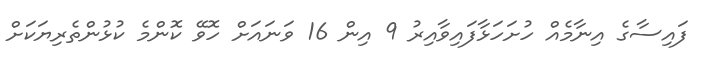
ފައިސާގެ އިނާމެއް ހުށަހަޅާފައިވާއިރު 9 އިން 16 ވަނައަށް ހޮވޭ ކޮންމެ ކުޅުންތެރިޔަކަށް